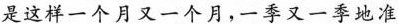
是这样一个月又一个月，一季又一季地准